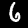
Digit: 6